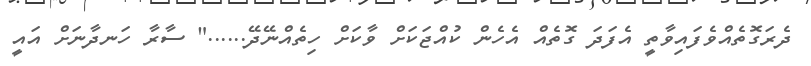
ދެރަގޮތެއްވެފައިވާތީ އެފަދަ ގޮތެއް އެހެން ކުއްޖަކަށް ވާކަށް ހިތެއްނޭދޭ......" ސާރާ ހަނދާނަށް އައީ